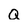
Character: Q